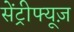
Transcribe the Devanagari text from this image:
सेंट्रीफ्यूज़